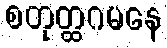
စတုတ္ထဂမနေ